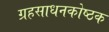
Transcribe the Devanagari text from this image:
ग्रहसाधनकोष्ठक